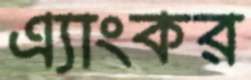
এ্যাংকর